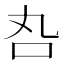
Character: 𠮫